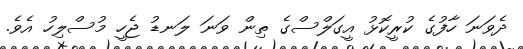
ދެވަނަ ހާފުގެ ކުރީކޮޅު އީގަލްސްގެ ތިން ވަނަ ލަނޑު ޖެހީ މުސްލިހު އެވެ.